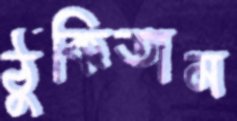
ঠুকিতাম